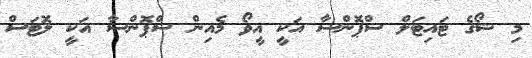
މި ޝޯގެ ޓައިޓަލް ސްޕޮންސާ އަކީ އީވޯ މެއިން ސްޕޮންސާ އަކީ ލޮޓަސް